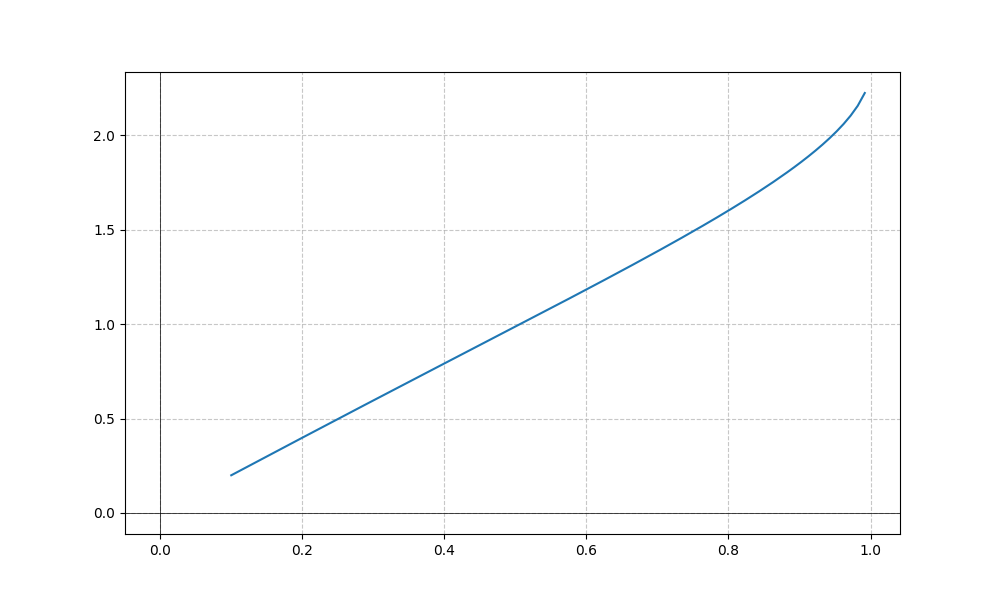
LaTeX formula: \operatorname{acos}{\left(- x \right)} - \operatorname{acot}{\left(x \right)}